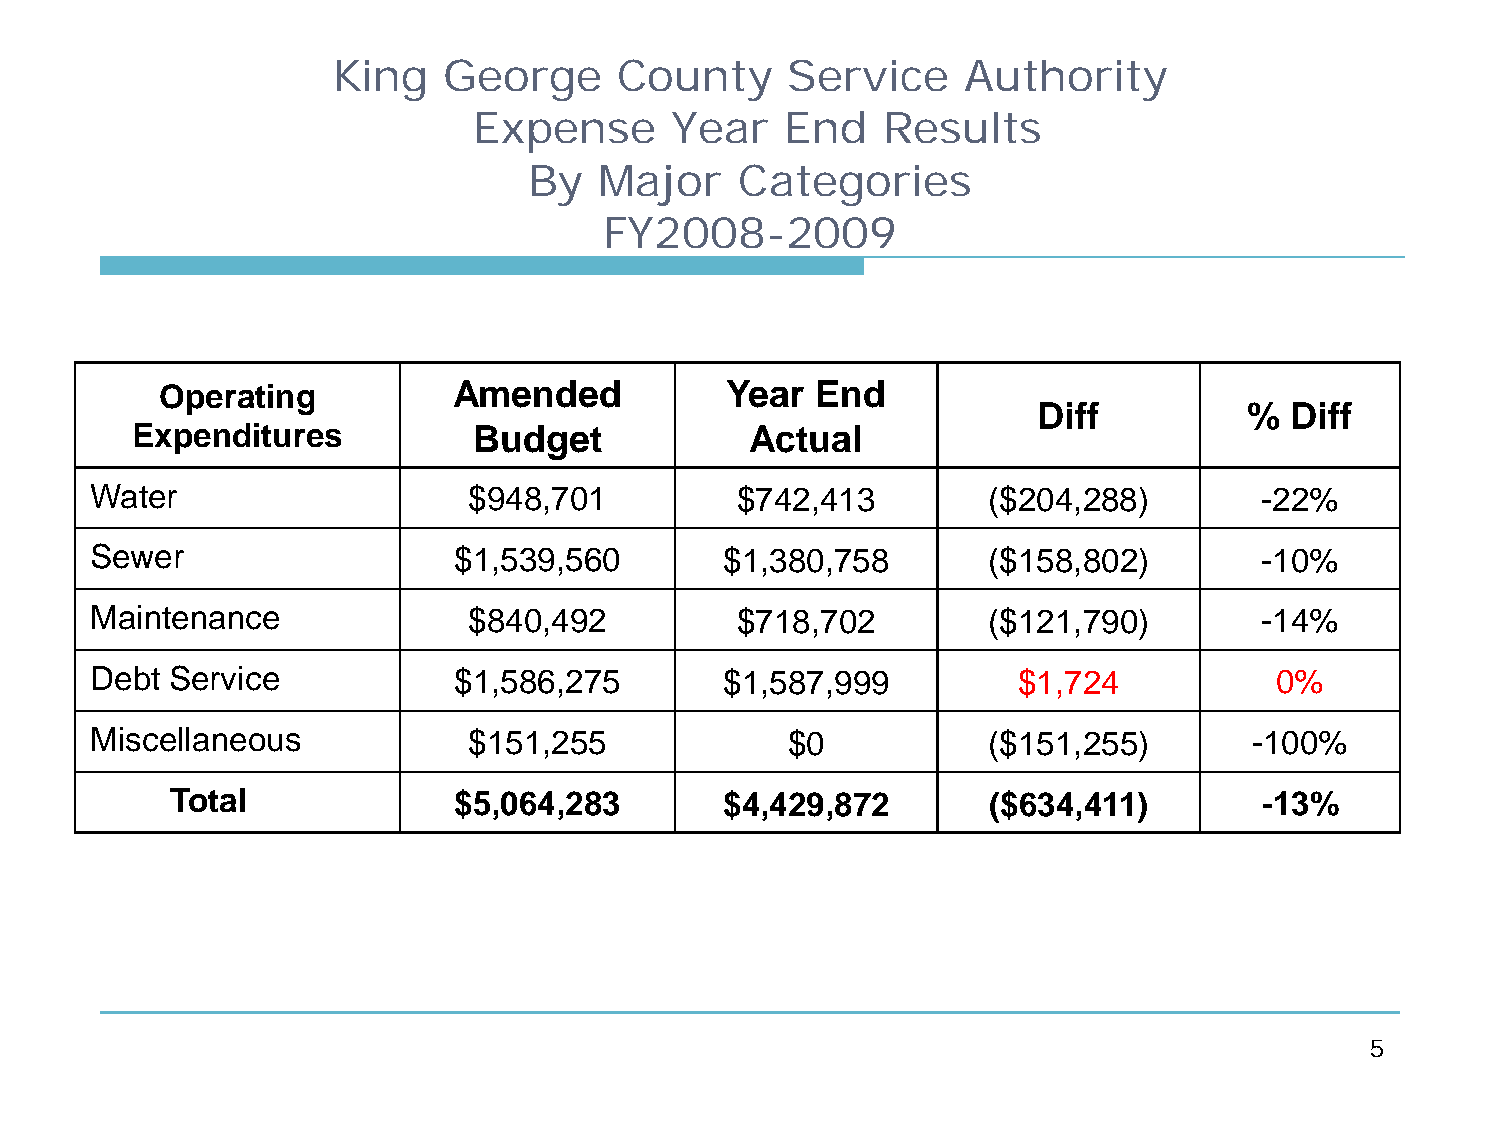
King   George      County     Service     Authority
 Expense      Year    End   Results
 By   Major    Categories
 FY2008-2009
 Operating          Amended           Year  End
 Diff          % Diff
 Expenditures          Budget             Actual
 Water                    $948,701          $742,413        ($204,288)        -22%
 Sewer                   $1,539,560        $1,380,758       ($158,802)        -10%
 Maintenance              $840,492          $718,702        ($121,790)        -14%
 Debt Service            $1,586,275        $1,587,999         $1,724           0%
 Miscellaneous            $151,255             $0           ($151,255)        -100%
 Total              $5,064,283        $4,429,872        ($634,411)        -13%
 5